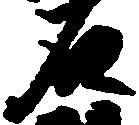
石